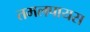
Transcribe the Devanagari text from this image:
तमलपायस